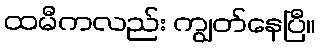
ထမီကလည်း ကျွတ်နေပြီ။